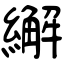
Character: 繲